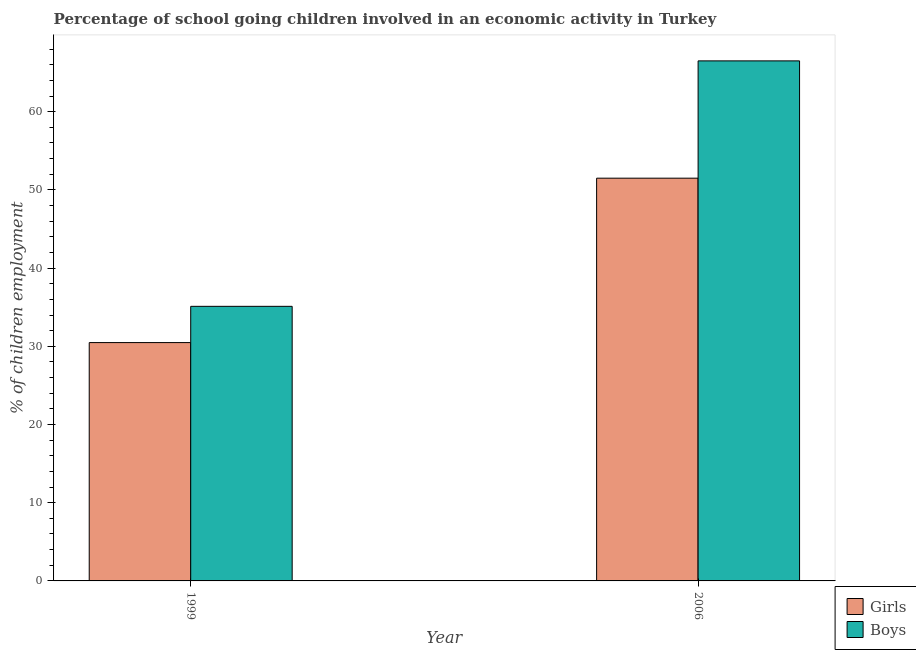
| Year | Girls | Boys |
 | --- | --- | --- |
 | 1999 | 30.5 | 35.1 |
 | 2006 | 51.5 | 66.5 |